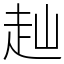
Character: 赸